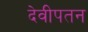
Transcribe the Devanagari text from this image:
देवीपतन